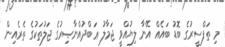
މި ތަފްސީރުގެ ބޮޑު ބައެއް އޭނާ ލިޔުއްވީ ޖަމާލު ޢަބްދުއްނާޞިރުގެ ޖަލުތަކުގެ ތެރެއިން